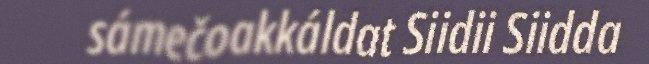
sámečoakkáldat Siidii Siidda